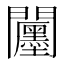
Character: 𮤪